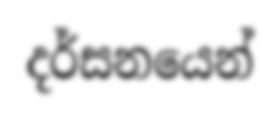
දර්සනයෙන්